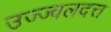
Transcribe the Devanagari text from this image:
उज्ज्वलदत्त